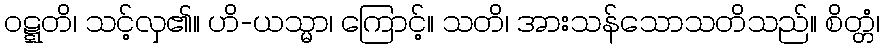
ဝဋ္ဋတိ၊ သင့်လှ၏။ ဟိ-ယသ္မာ၊ ကြောင့်။ သတိ၊ အားသန်သောသတိသည်။ စိတ္တံ၊